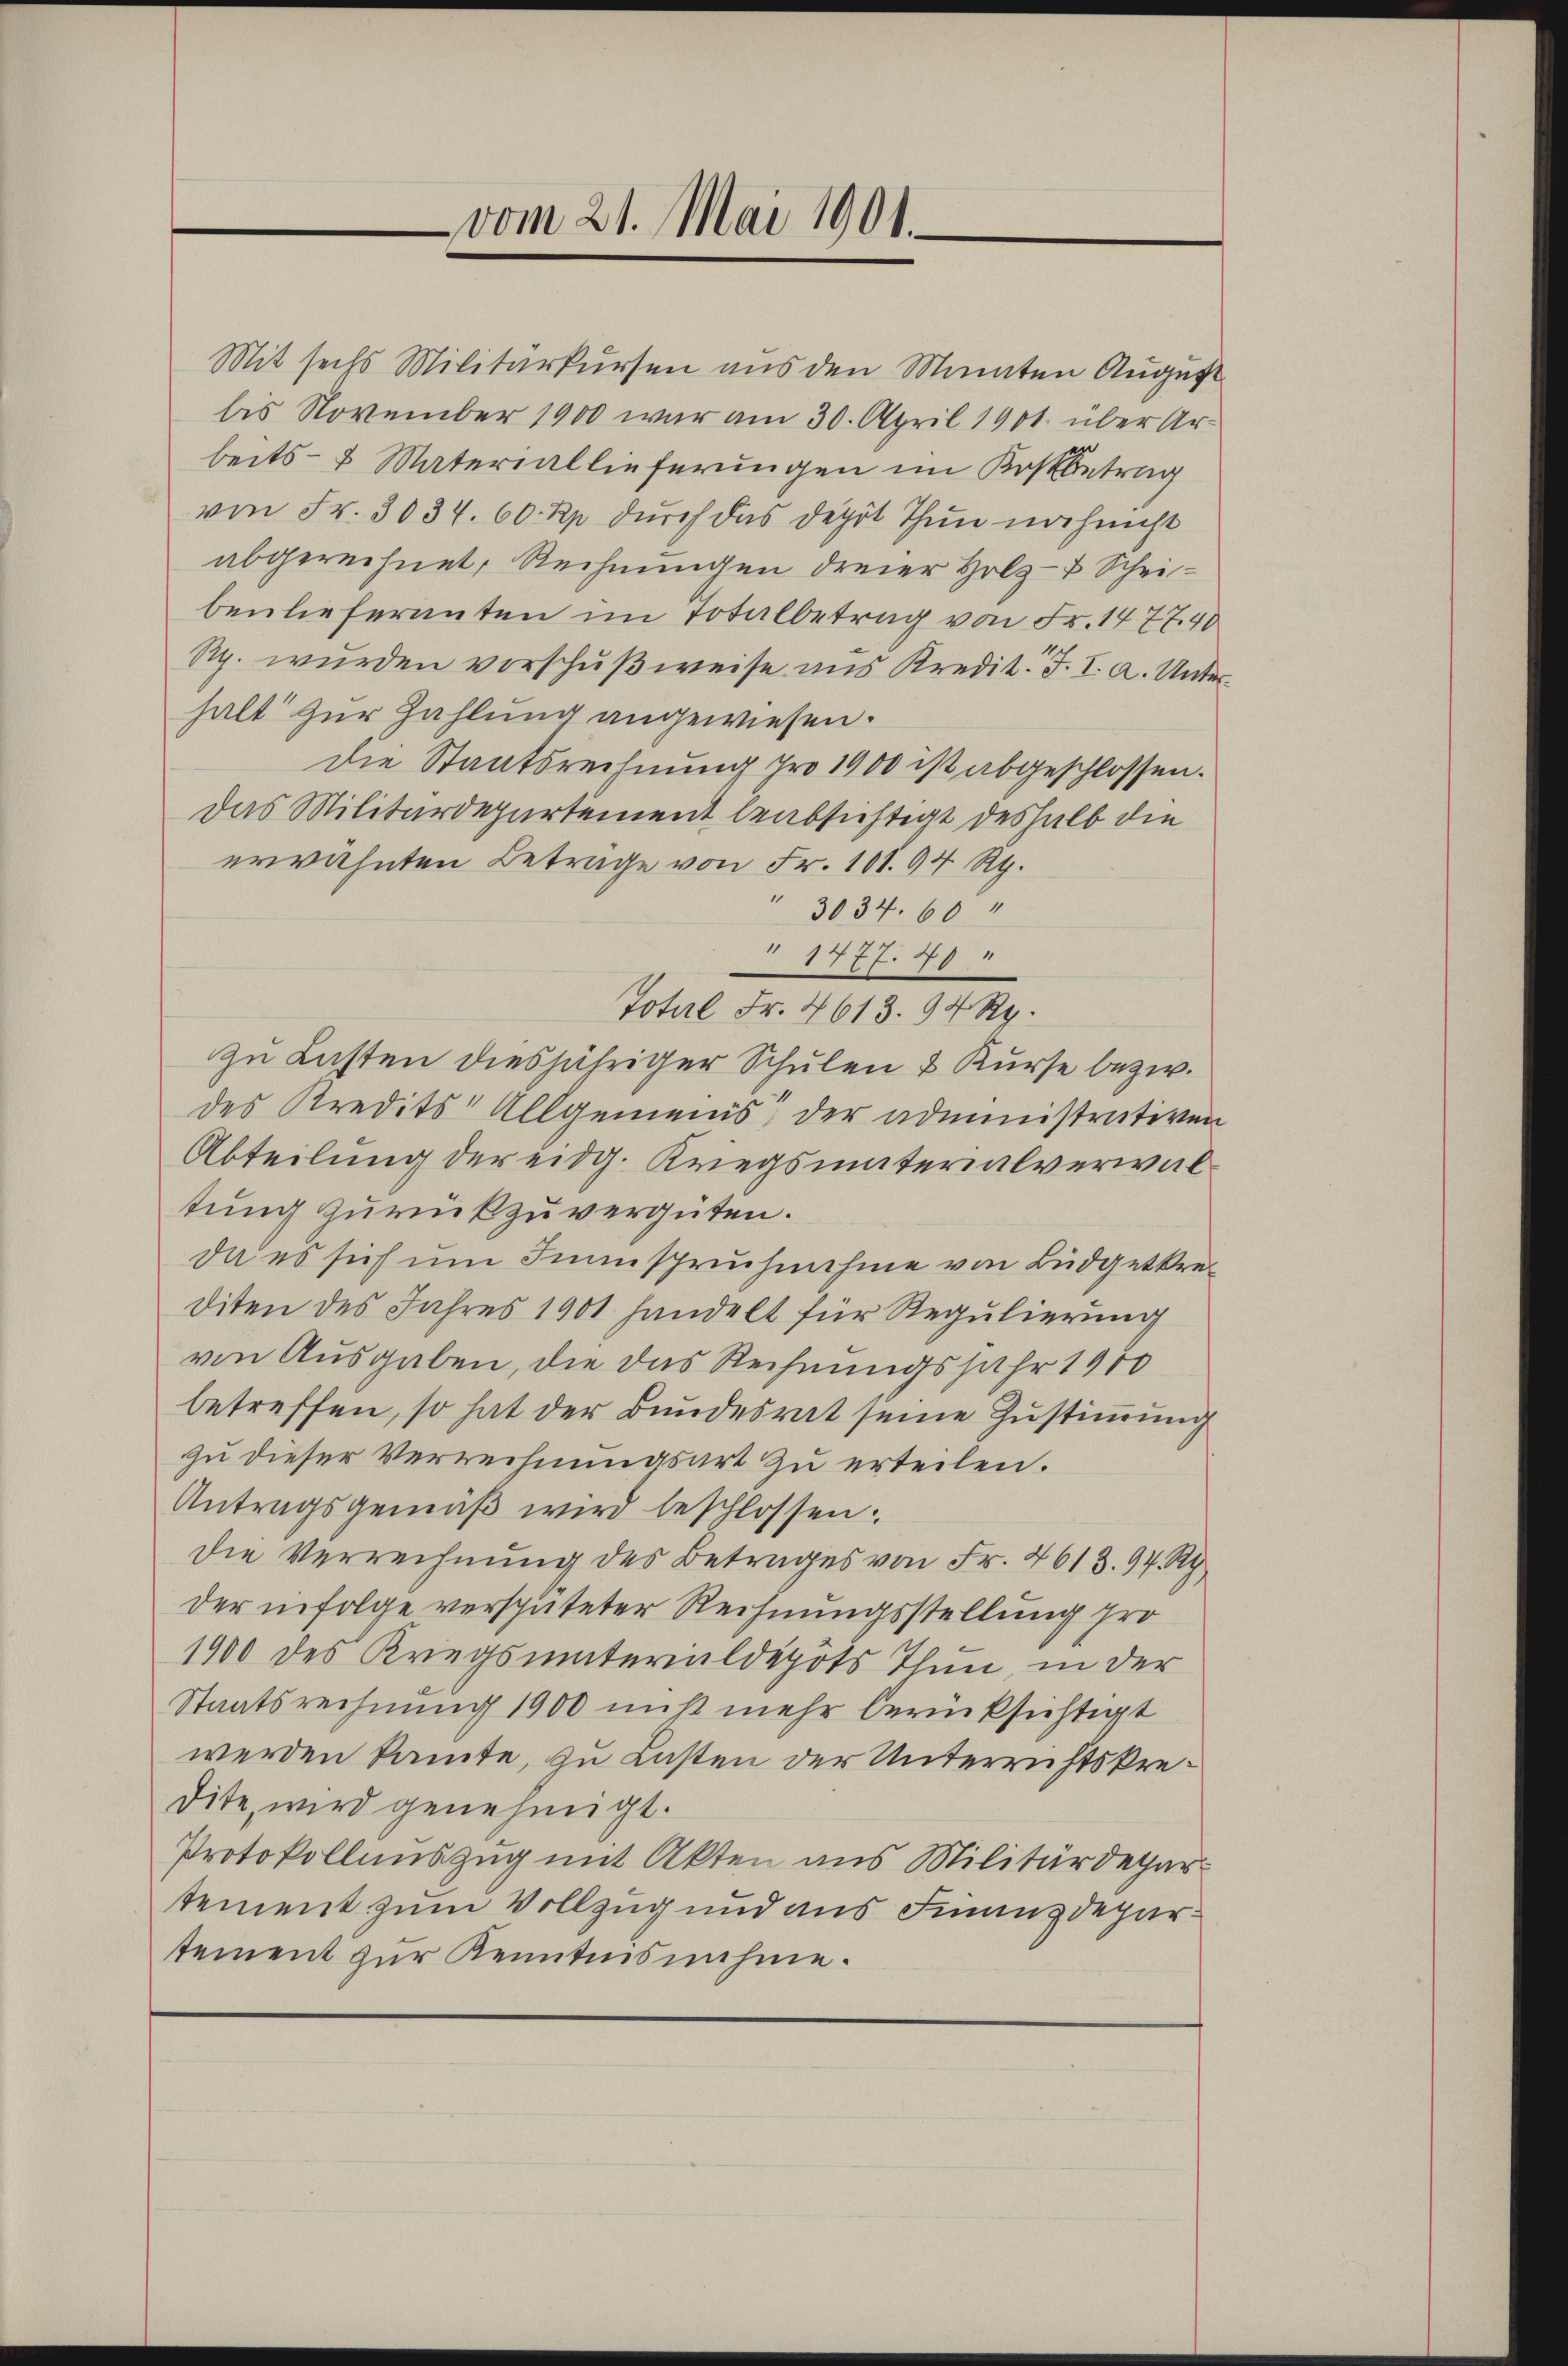
Mit sechs Militärkursen aus den Monaten August
bis November 1900 war am 30. April 1901 über Arbeits- & Materiallieferungen im Kostbetrag
von Fr. 3034. 60 Rp. durch das depot Thun noch nicht
abgerechnet, Rechnungen dreier Holz- & Scheibenlieferanten im Totalbetrag von Fr. 147740
Rp. wurden verschußweise ans Kredit. F. I. a. Unterhalt zur Zahlung angewiesen.
die Staatsrechnung pro 1900 ist abgeschlossen.
Das Militärdepartement beabsichtigt deshalb die
erwähnten Betrage von Fr. 101. 94 Rp.
3034. 60
Total Fr. 4613. 94 Rp.
zu Lasten diesjähriger Schulen & Kurse bezw.
des Kredits Allgemeins, der administrativen
Abteilung der eidg. Kriegsmaterialverwaltung zurückzuvergüten.
da es sich um Suinspruchnahme von Budgetkrediten des Jahres 1901 handelt für Regulierung
von Ausgaben, die das Rechnungsjahr 1910
betreffen, so hat der Bundesrat seine Zustimmung
zu dieser Verrechnungsart zu erteilen.
Antragsgemäβ wird beschlossen:
die Verrechnung des Betrages von Fr. 4613. 94. Ry
der infolge verspäteter Rechnungsstellung pro
1900 des Kriegsmaterialdepots Thun, in der
Staatsrechnung 1900 niß mehr berücksichtigt
werden kannte, zu Lasten der Unterrichtskredite, wird genehmigt.
Protokollenszug mit Akten aus Militärdepar
tement zum Vollzug und aus Finanzdepartement zur Kenntnisnahme.

vom 21. Mai 1901.

1777. 70